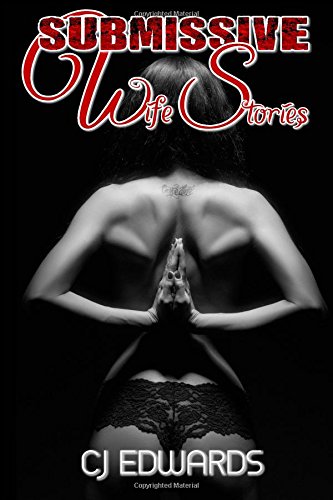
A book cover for Submissive Wife Stories: an erotic triology; C J Edwards; Romance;